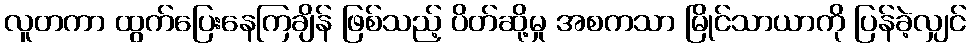
လူတကာ ထွက်ပြေးနေကြချိန် ဖြစ်သည့် ပိတ်ဆို့မှု အစကသာ မြိုင်သာယာကို ပြန်ခဲ့လျှင်